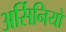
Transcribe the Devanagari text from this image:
अर्सिनियो